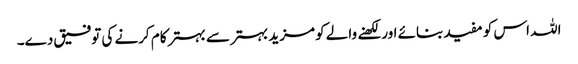
اللہ اس کو مفید بنائے اور لکھنے والے کو مزید بہتر سے بہتر کام کرنے کی توفیق دے۔